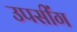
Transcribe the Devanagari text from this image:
उपसींग